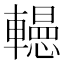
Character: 𨏀